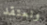
ونعتقد